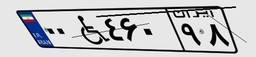
۰۰W۴۶۰۹۸